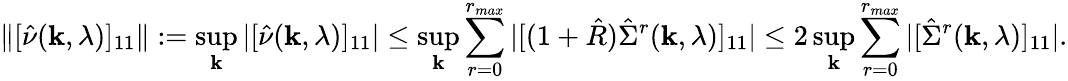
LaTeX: \Vert[\hat{\nu}({\mathbf k},\lambda)]_{11}\Vert:=\operatorname*{sup}_{{\mathbf k}}|[\hat{\nu}({\mathbf k},\lambda)]_{11}|\le\operatorname*{sup}_{{\mathbf k}}\sum_{r=0}^{r_{max}}|[(1+\hat{R})\hat{\Sigma}^{r}({\mathbf k},\lambda)]_{11}|\le 2\operatorname*{sup}_{{\mathbf k}}\sum_{r=0}^{r_{max}}|[\hat{\Sigma}^{r}({\mathbf k},\lambda)]_{11}|.